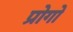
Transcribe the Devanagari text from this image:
प्रोगो